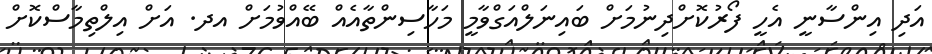
އަދި އިންސާނީ އެހީ ފޯރުކޮށްދިނުމަށް ބައިނަލްއަގްވާމީ މަހާސިންތާއެއް ބޭއްވުމަށް އދ. އަށް އިލްތިމާސްކޮށް